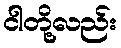
ငါတို့လည်း